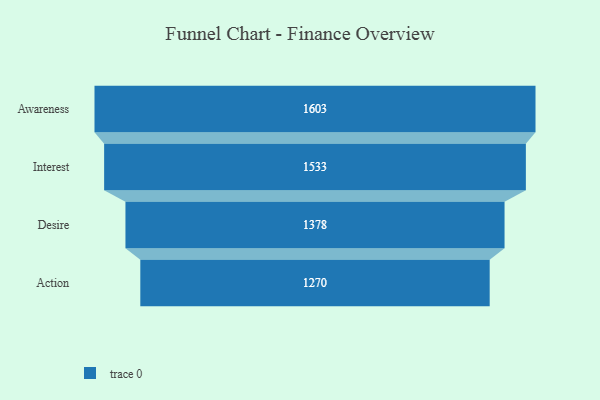
{"axis": {"x": "Stage", "y": "Value"}, "legend": [""], "data": [{"x": "Awareness", "y": 1603.0, "type": ""}, {"x": "Interest", "y": 1533.0, "type": ""}, {"x": "Desire", "y": 1378.0, "type": ""}, {"x": "Action", "y": 1270.0, "type": ""}]}